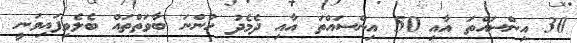
30 އިންސައްތަ އާއި 50 އިންސައްތަ އާއި ދެމެދު ހުންނަ ބާވަތްތައް ބެލެވިފައިވަނީ